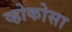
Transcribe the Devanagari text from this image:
व्होकोसा